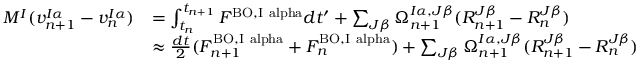
\begin{array} { r l } { M ^ { I } ( v _ { n + 1 } ^ { I \alpha } - v _ { n } ^ { I \alpha } ) } & { = \int _ { t _ { n } } ^ { t _ { n + 1 } } F ^ { \mathrm { B O , I \ a l p h a } } d t ^ { \prime } + \sum _ { J \beta } \Omega _ { n + 1 } ^ { I \alpha , J \beta } ( R _ { n + 1 } ^ { J \beta } - R _ { n } ^ { J \beta } ) } \\ & { \approx \frac { d t } { 2 } ( F _ { n + 1 } ^ { \mathrm { B O , I \ a l p h a } } + F _ { n } ^ { \mathrm { B O , I \ a l p h a } } ) + \sum _ { J \beta } \Omega _ { n + 1 } ^ { I \alpha , J \beta } ( R _ { n + 1 } ^ { J \beta } - R _ { n } ^ { J \beta } ) } \end{array}